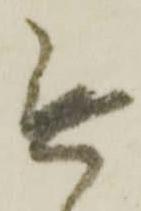
無